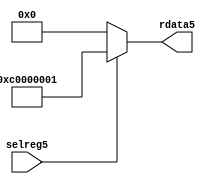
//File5 name   : smc_cfreg_lite5.v
//Title5       : 
//Created5     : 1999
//Description5 : Single5 instance of a config register
//Notes5       : 
//----------------------------------------------------------------------
//   Copyright5 1999-2010 Cadence5 Design5 Systems5, Inc5.
//   All Rights5 Reserved5 Worldwide5
//
//   Licensed5 under the Apache5 License5, Version5 2.0 (the
//   "License5"); you may not use this file except5 in
//   compliance5 with the License5.  You may obtain5 a copy of
//   the License5 at
//
//       http5://www5.apache5.org5/licenses5/LICENSE5-2.0
//
//   Unless5 required5 by applicable5 law5 or agreed5 to in
//   writing, software5 distributed5 under the License5 is
//   distributed5 on an "AS5 IS5" BASIS5, WITHOUT5 WARRANTIES5 OR5
//   CONDITIONS5 OF5 ANY5 KIND5, either5 express5 or implied5.  See
//   the License5 for the specific5 language5 governing5
//   permissions5 and limitations5 under the License5.
//----------------------------------------------------------------------



module smc_cfreg_lite5 (
  // inputs5
  selreg5,

  // outputs5
  rdata5
);


// Inputs5
input         selreg5;               // select5 the register for read/write access

// Outputs5
output [31:0] rdata5;                 // Read data

wire   [31:0] smc_config5;
wire   [31:0] rdata5;


assign rdata5 = ( selreg5 ) ? smc_config5 : 32'b0;
assign smc_config5 =  {1'b1,1'b1,8'h00, 2'b00, 2'b00, 2'b00, 2'b00,2'b00,2'b00,2'b00,8'h01};




endmodule // smc_cfreg5